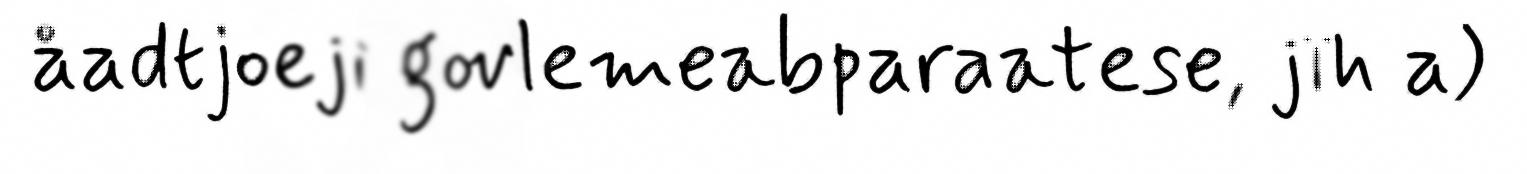
åadtjoeji govlemeabparaatese, jïh a)